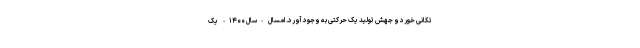
تکانی خورد و جهش تولید یک حرکتی به وجود آورد. امسال -سال ۱۴۰۰- یک